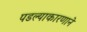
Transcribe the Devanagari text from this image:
पडल्याकारणाने